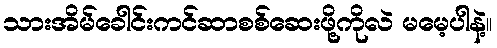
သားအိမ်ခေါင်းကင်ဆာစစ်ဆေးဖို့ကိုလဲ မမေ့ပါနဲ့။